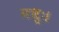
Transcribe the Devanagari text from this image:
मधुः।